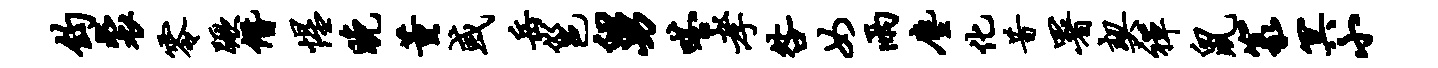
钧裘零蹶僭惺晚董或岳邕舅嗒孝咎女雨尘化昔署契禅鼠篆冥小